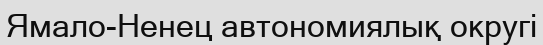
Ямало-Ненец автономиялық округі